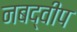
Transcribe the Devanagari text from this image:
नबद्वीप